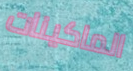
الماكينات